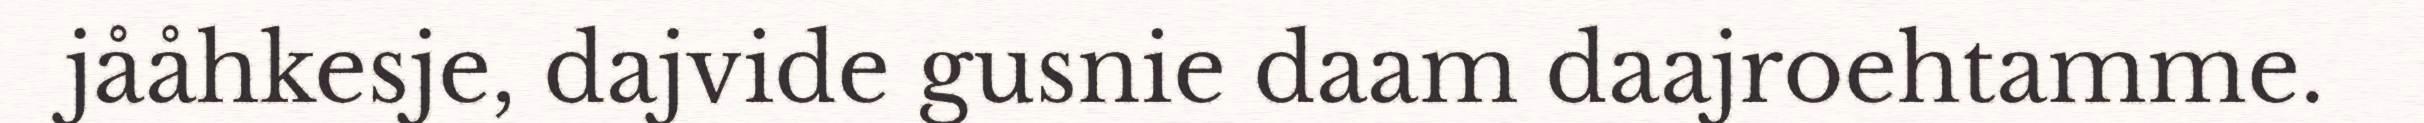
jååhkesje, dajvide gusnie daam daajroehtamme.